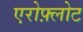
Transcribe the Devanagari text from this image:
एरोफ़्लोट